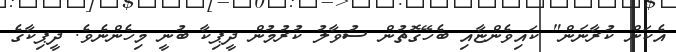
އެކަން ކުރާނަން" ކައިވެންޏާއި ބެހޭގޮތުން ސުވާލު ކުރުމުން ދީޕިކާ ބުނީ މިހެންނެވެ. ދީޕިކާގެ